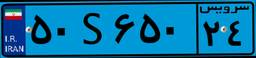
۲۲S۱۴۹۹۸